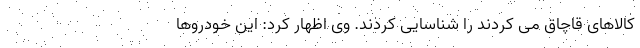
کالاهای قاچاق می کردند را شناسایی کردند. وی اظهار کرد: این خودروها